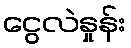
ငွေလဲနှုန်း